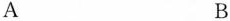
A B